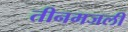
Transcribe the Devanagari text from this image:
तीनमजली